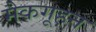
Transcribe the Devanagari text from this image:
मैकगूहन